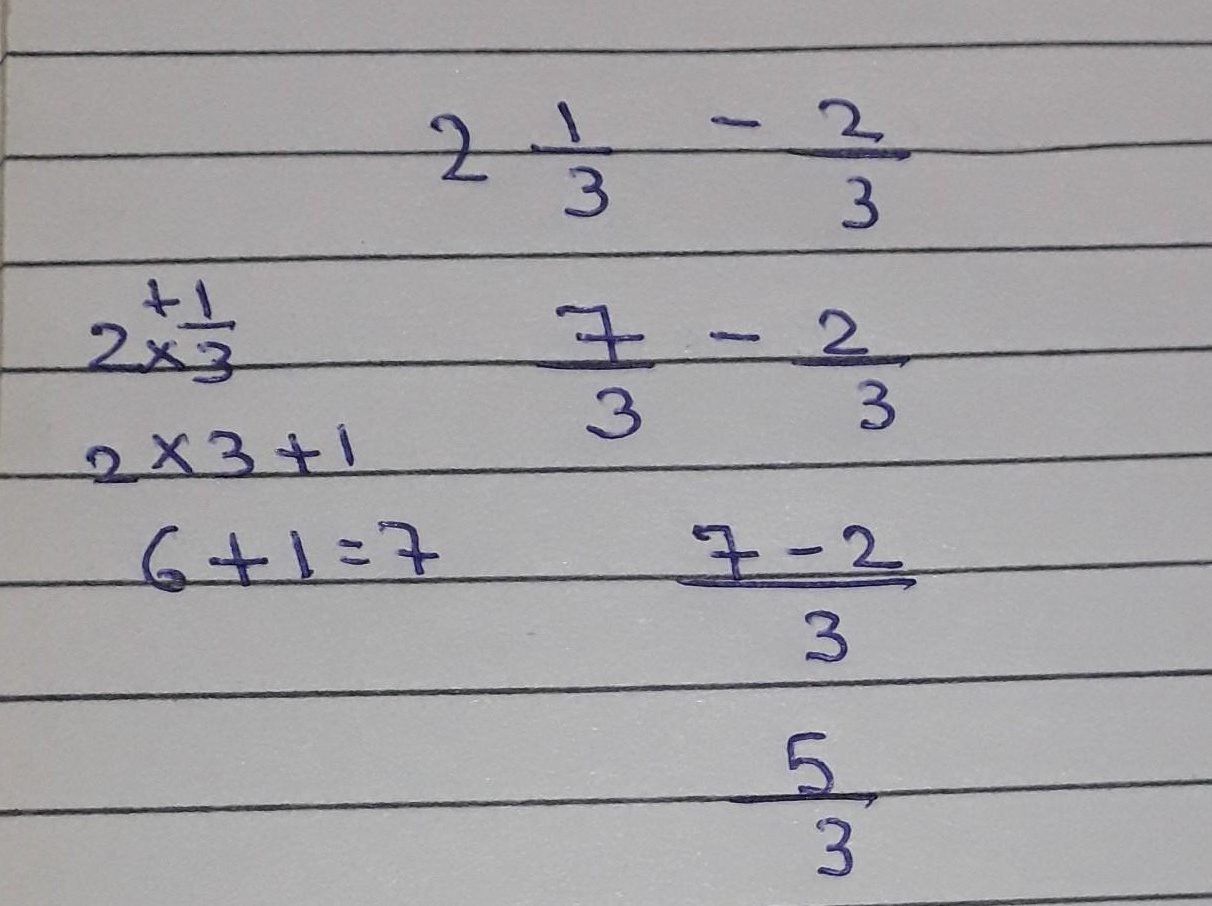
\[
\begin{align*}
2\frac{1}{3}-\frac{2}{3}&=\frac{2\times3 + 1}{3}-\frac{2}{3}\\
&=\frac{6 + 1}{3}-\frac{2}{3}\\
&=\frac{7}{3}-\frac{2}{3}\\
&=\frac{7 - 2}{3}\\
&=\frac{5}{3}
\end{align*}
\]